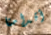
أقدامنا